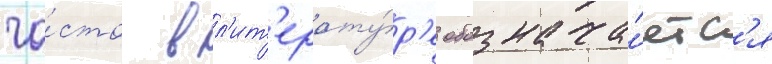
ча́сто в л'ит'ерату́р'е обознача́етс'я